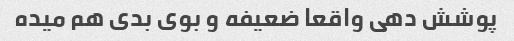
پوشش دهی واقعا ضعیفه و بوی بدی هم میده